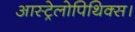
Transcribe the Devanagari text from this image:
आस्ट्रेलोपिथिक्स।